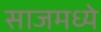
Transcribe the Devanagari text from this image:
साजमध्ये